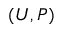
( U , P )